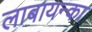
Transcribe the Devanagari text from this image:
लाबायन्का